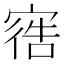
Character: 𫳩